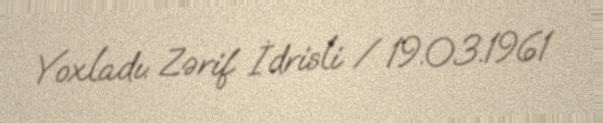
Yoxladı: Zərif İdrisli / 19.03.1961